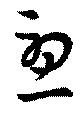
憂